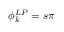
\phi _ { k } ^ { L P } = s \pi